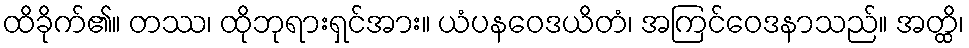
ထိခိုက်၏။ တဿ၊ ထိုဘုရားရှင်အား။ ယံပနဝေဒယိတံ၊ အကြင်ဝေဒနာသည်။ အတ္ထိ၊